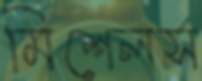
মিশেলস